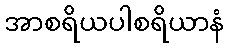
အာစရိယပါစရိယာနံ